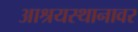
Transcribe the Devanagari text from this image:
आश्रयस्थानावर